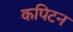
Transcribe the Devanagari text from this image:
कपिटन